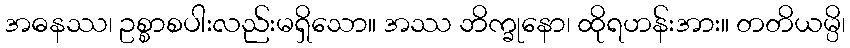
အဓနဿ၊ ဥစ္စာစပါးလည်းမရှိသော။ အဿ ဘိက္ခုနော၊ ထိုရဟန်းအား။ တတိယမ္ပိ၊